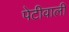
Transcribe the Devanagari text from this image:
पेटीवाली